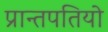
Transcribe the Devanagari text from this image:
प्रान्तपतियो